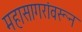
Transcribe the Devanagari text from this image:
महासागरांवरून